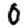
Digit: 0